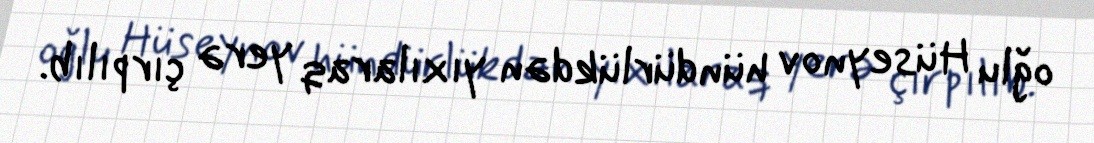
oğlu Hüseynov hündürlükdən yıxılaraq yerə çırpılıb.